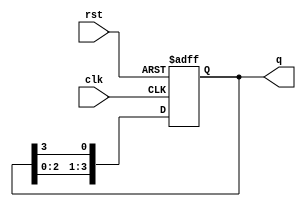
module synchronous_ring_counter #(
    parameter N = 4  // Number of flip-flops
) (
    input wire clk,     // Clock input
    input wire rst,     // Asynchronous reset input
    output reg [N-1:0] q // Output state of the counter
);
    
    // Initialize the counter to a known state
    initial begin
        q = 1'b1;  // Start with the first flip-flop set to '1'
    end

    // Always block triggered on the rising edge of the clock or on reset
    always @(posedge clk or posedge rst) begin
        if (rst) begin
            q <= 1'b1;  // Asynchronously reset the counter
        end else begin
            // Shift the '1' bit to the right
            q <= {q[N-2:0], q[N-1]};  // Shift right, feed last bit to first
        end
    end

endmodule